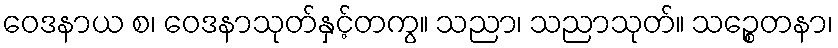
ဝေဒနာယ စ၊ ဝေဒနာသုတ်နှင့်တကွ။ သညာ၊ သညာသုတ်။ သဉ္စေတနာ၊